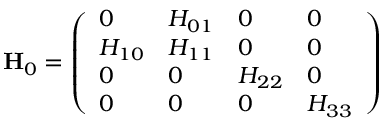
\mathbf { H } _ { 0 } = \left( \begin{array} { l l l l } { 0 } & { H _ { 0 1 } } & { 0 } & { 0 } \\ { H _ { 1 0 } } & { H _ { 1 1 } } & { 0 } & { 0 } \\ { 0 } & { 0 } & { H _ { 2 2 } } & { 0 } \\ { 0 } & { 0 } & { 0 } & { H _ { 3 3 } } \end{array} \right)